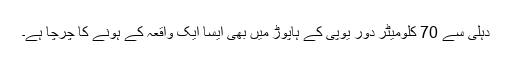
دہلی سے 70 کلومیٹر دور یوپی کے ہاپوڑ میں بھی ایسا ایک واقعہ کے ہونے کا چرچا ہے۔